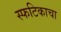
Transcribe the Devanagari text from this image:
स्फटिकाचा